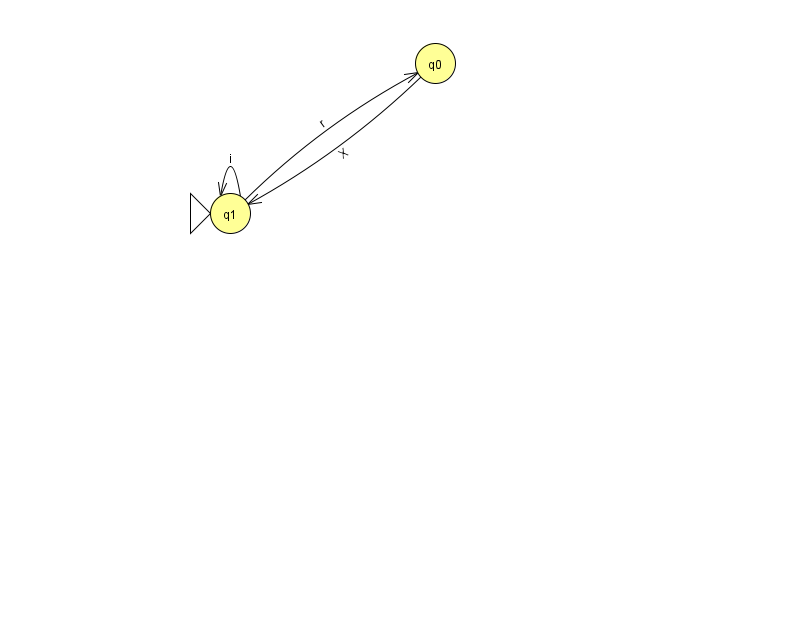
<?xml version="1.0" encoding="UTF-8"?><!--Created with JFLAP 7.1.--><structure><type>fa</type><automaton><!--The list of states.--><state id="0" name="q0"><x>435.0</x><y>50.0</y></state><state id="1" name="q1"><x>230.0</x><y>200.0</y><initial/></state><!--The list of transitions.--><transition><from>1</from><to>0</to><read>r</read></transition><transition><from>1</from><to>1</to><read>i</read></transition><transition><from>0</from><to>1</to><read>X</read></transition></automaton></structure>